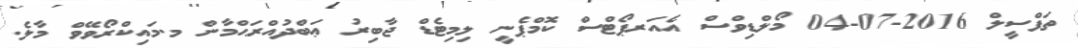
ތަފްސީލް 2016-07-04 މޯލްޑިވްސް އެއަރޕޯޓްސް ކޮމްޕެނީ ލިމިޓެޑް ޖާބިރު ޢަބްދުއްރަޙްމާން މ.މައިކްރޯވޭވް މާލެ.